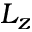
L _ { z }